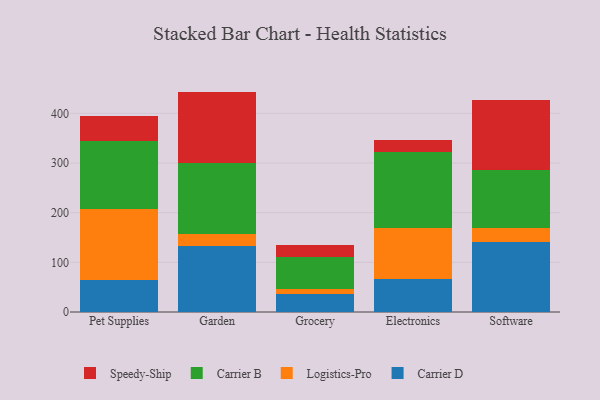
{"axis": {"x": "Category", "y": "Temperature (°C)"}, "legend": ["Carrier B", "Carrier D", "Logistics-Pro", "Speedy-Ship"], "data": [{"x": "Pet Supplies", "y": 64.1, "type": "Carrier D"}, {"x": "Pet Supplies", "y": 143.0, "type": "Logistics-Pro"}, {"x": "Pet Supplies", "y": 138.0, "type": "Carrier B"}, {"x": "Pet Supplies", "y": 50.4, "type": "Speedy-Ship"}, {"x": "Garden", "y": 132.0, "type": "Carrier D"}, {"x": "Garden", "y": 26.1, "type": "Logistics-Pro"}, {"x": "Garden", "y": 141.5, "type": "Carrier B"}, {"x": "Garden", "y": 144.3, "type": "Speedy-Ship"}, {"x": "Grocery", "y": 37.1, "type": "Carrier D"}, {"x": "Grocery", "y": 9.4, "type": "Logistics-Pro"}, {"x": "Grocery", "y": 64.8, "type": "Carrier B"}, {"x": "Grocery", "y": 23.5, "type": "Speedy-Ship"}, {"x": "Electronics", "y": 66.6, "type": "Carrier D"}, {"x": "Electronics", "y": 103.0, "type": "Logistics-Pro"}, {"x": "Electronics", "y": 152.8, "type": "Carrier B"}, {"x": "Electronics", "y": 23.9, "type": "Speedy-Ship"}, {"x": "Software", "y": 140.8, "type": "Carrier D"}, {"x": "Software", "y": 28.3, "type": "Logistics-Pro"}, {"x": "Software", "y": 116.8, "type": "Carrier B"}, {"x": "Software", "y": 140.5, "type": "Speedy-Ship"}]}